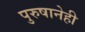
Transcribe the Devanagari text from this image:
पुरुषानेही